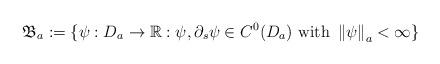
LaTeX: \begin{align*}\mathfrak{B}_{a}:=\{\psi: D_{a}\rightarrow\mathbb{R}: \psi, \partial_s \psi \in C^0(D_{a}) ~\mbox{with}~ \left\| \psi \right\|_a<\infty\} \end{align*}